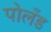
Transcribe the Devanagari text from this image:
पोलँड